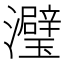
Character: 𬉭